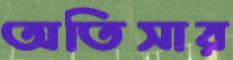
অতিসার